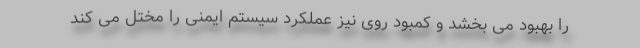
را بهبود می بخشد و کمبود روی نیز عملکرد سیستم ایمنی را مختل می کند